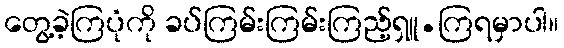
တွေ့ခဲ့ကြပုံကို ခပ်ကြမ်းကြမ်းကြည့်ရှူ.ကြရမှာပါ။